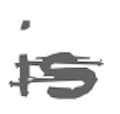
Text: is
Cross-out: double-line
Writing tool: digital_gray